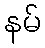
နမ်